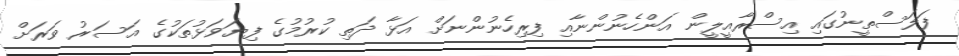
ފަލަސްތީނުގައި އިސްރާއީލީން އަންހެނުންނާއި ފިރިހެނުންނަށް އަޅާ ދަތި ކުރުމުގެ ފިޔަވަޅުތަކުގެ އަސަރު ވަރަށް